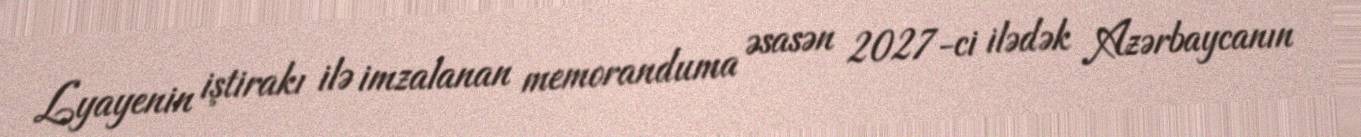
Lyayenin iştirakı ilə imzalanan memoranduma əsasən 2027-ci ilədək Azərbaycanın